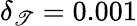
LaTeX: \delta_{\mathscr{T}}=0.001